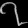
Digit: ၇